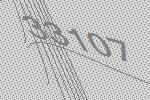
33107